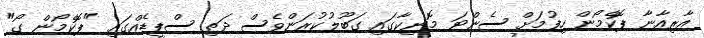
އާރިއާނާ ޕޮކެމޯން ހިފުމަށް ސެންޓަ މޮނިކާގައި ގަބޫލުކުރަންވެސް ދަތި ސްޕީޑެއްގައި "ޕޮކެމޯން ގޯ"